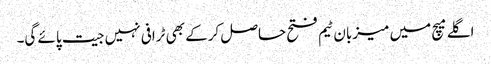
اگلے میچ میں میزبان ٹیم فتح حاصل کرکے بھی ٹرافی نہیں جیت پائے گی۔